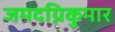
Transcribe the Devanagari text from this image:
जमदग्निकुमार